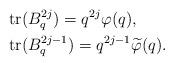
LaTeX: \begin{align*} & \mathrm{tr} (B_q^{2j}) =q^{2j} \varphi (q), \\ & \mathrm{tr} (B_q^{2j-1}) =q^{2j-1} \widetilde{\varphi} (q). \end{align*}